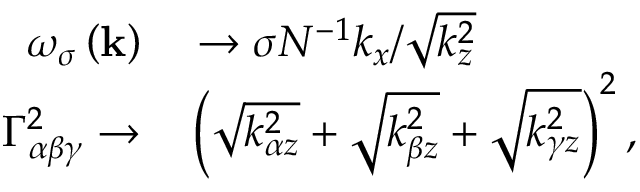
\begin{array} { r l } { \omega _ { \sigma } \left( \mathbf { k } \right) } & { { } \rightarrow \sigma N ^ { - 1 } k _ { x } / \sqrt { k _ { z } ^ { 2 } } } \\ { \Gamma _ { \alpha \beta \gamma } ^ { 2 } \rightarrow } & { { } \left( \sqrt { k _ { \alpha z } ^ { 2 } } + \sqrt { k _ { \beta z } ^ { 2 } } + \sqrt { k _ { \gamma z } ^ { 2 } } \right) ^ { 2 } , } \end{array}